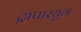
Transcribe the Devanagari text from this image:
द्वापारयुग